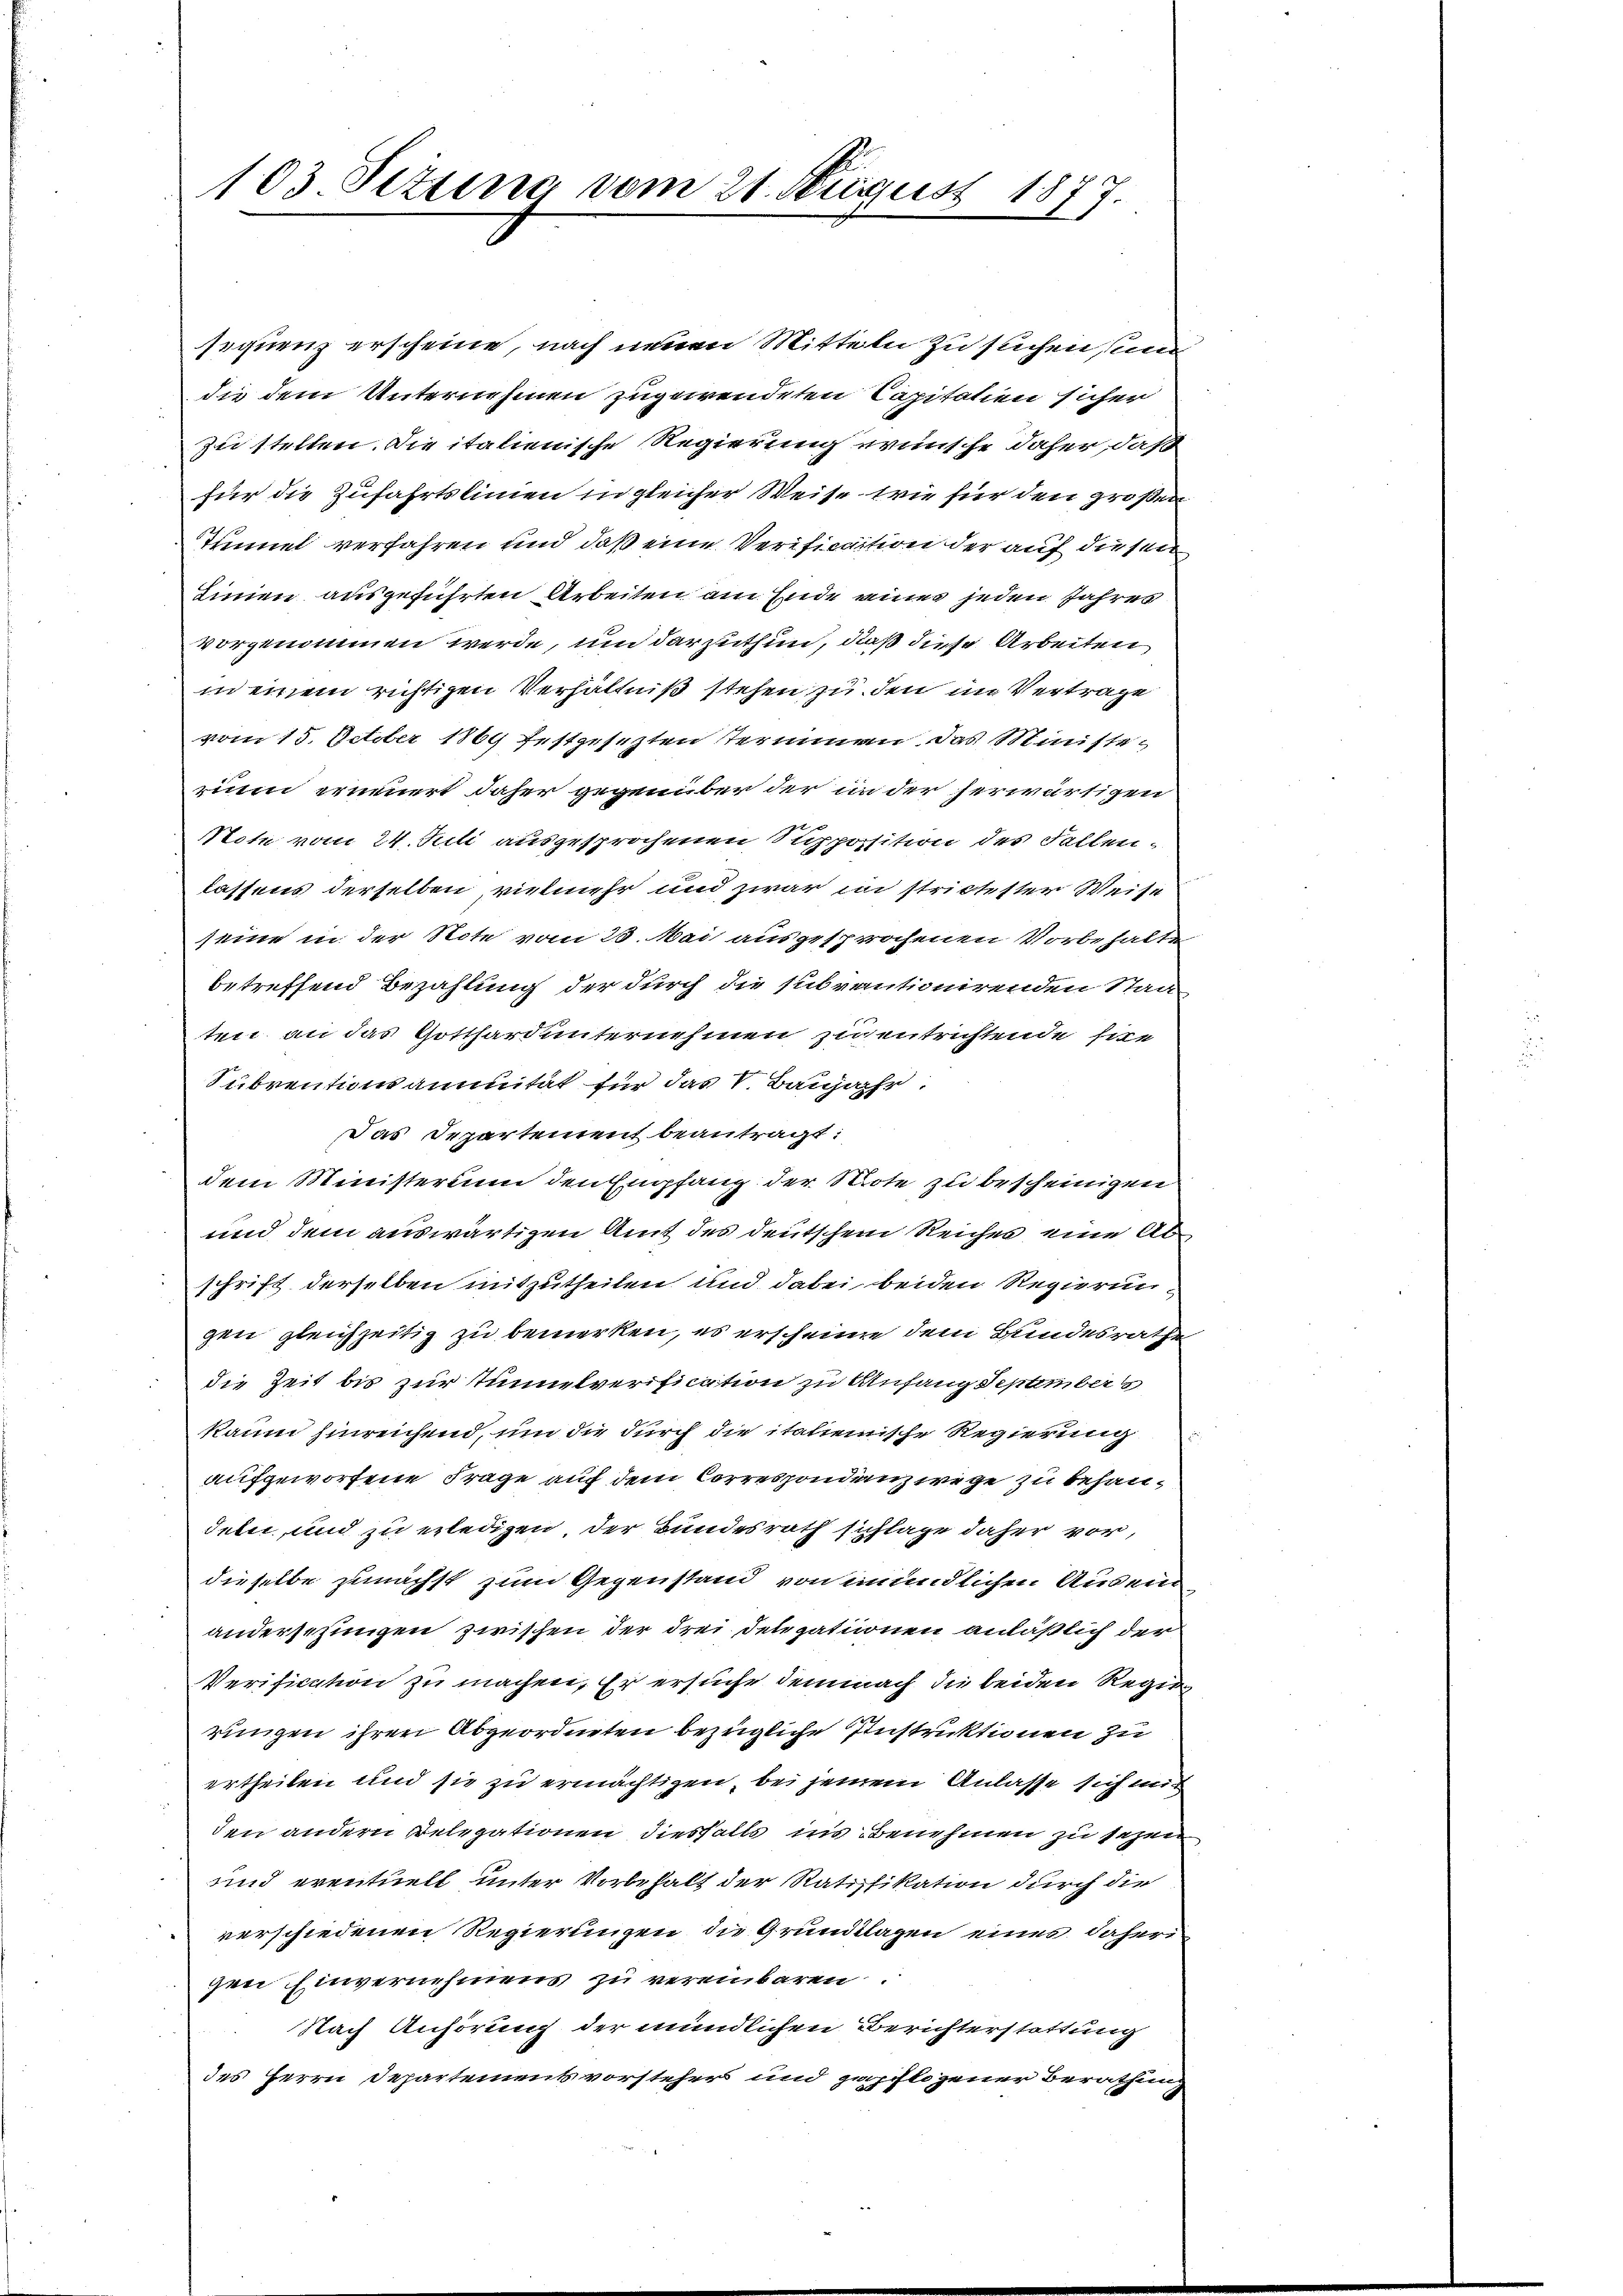
103. Fezung vom 21. August 1877.

sequenz erscheine, nach neuen Mitteln zu suchen, un
die dem Unternehmen zugewendeten Capitalien sicher
zu stellen. Die italienische Regierung wünsche daher, daß
für die Zufahrtslinien in gleicher Weise, wie für den großen
Timel verfahren und daß eine Verification der auf diesen
Linien ausgeführten Arbeiten am Ende eines jeden Jahres
vorgenommen werde, um darzuthun, daß diese Arbeiten
in einem richtigen Verhältniß stehen zu den im Vertrage
vom 15. October 1869 festgesezten Terminen das Ministezium erinnert daher gegenüber der in der herwärtigen
Note vom 24. Juli ausgesprochenen Supposition des Fallen-
lassens derselben vielmehr und zwar in strictester Weise
seine in der Note vom 23. Mai ausgesprochenen Vorbehalte
betreffend Bezahlung der durch die subventionirenden Staa
ten an das Gotthard unternehmen zientrichtende Eite
Subventimanunität für das V. Baujahr.
Das Departement beantragt:
dem Ministerium den Empfang der Note zu bescheinigen
und dem auswärtigen Amt des deutschem Reiches eine Abschrift derselben mitzutheilen und dabei beiden Regierun
gen gleichzeitig zu bemerken, es erscheine dem Bundesrathe
die Zeit bis zur Tunnelverification zu Anfang September s
kaum hinreichend, um die durch die italienische Regierung
aufgeworfene Frage auf dem Correspondenz wege zu behandete, und zu erledigen der Bundesrath sichlage daher vor,
dieselbe zunächst zum Gegenstand von mündlichen Ausein
andersezungen zwischen der drei Delegationen anläßlich der
Verification zu machen. Er ersuche demnach die beiden Regie
rungen ihren Abgeordneten bezügliche Instruktionen zu
ertheilen und sie zu ermächtigen, bei jenem Anlasse sich mit
den andern Relegationen diesfalls ins Benehmen zu sehen
und eventuell unter Vorbehalt der Ratifikation durch die
verschiedenen Regierungen die Grundlagen eines daheri
gen Einvernehmens zu vereinbaren.
Nach Anhörung der mündlichen Berichterstattung
des Herrn Departement vorsteher und gepflogener Berathung